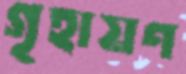
গৃহায়ণ